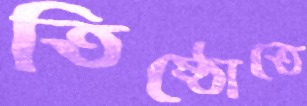
তিষ্ঠোতে